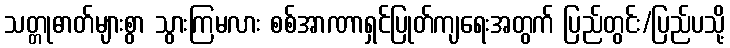
သတ္တုဓာတ်များစွာ သွားကြမလား စစ်အာဏာရှင်ပြုတ်ကျရေးအတွက် ပြည်တွင်း/ပြည်ပသို့